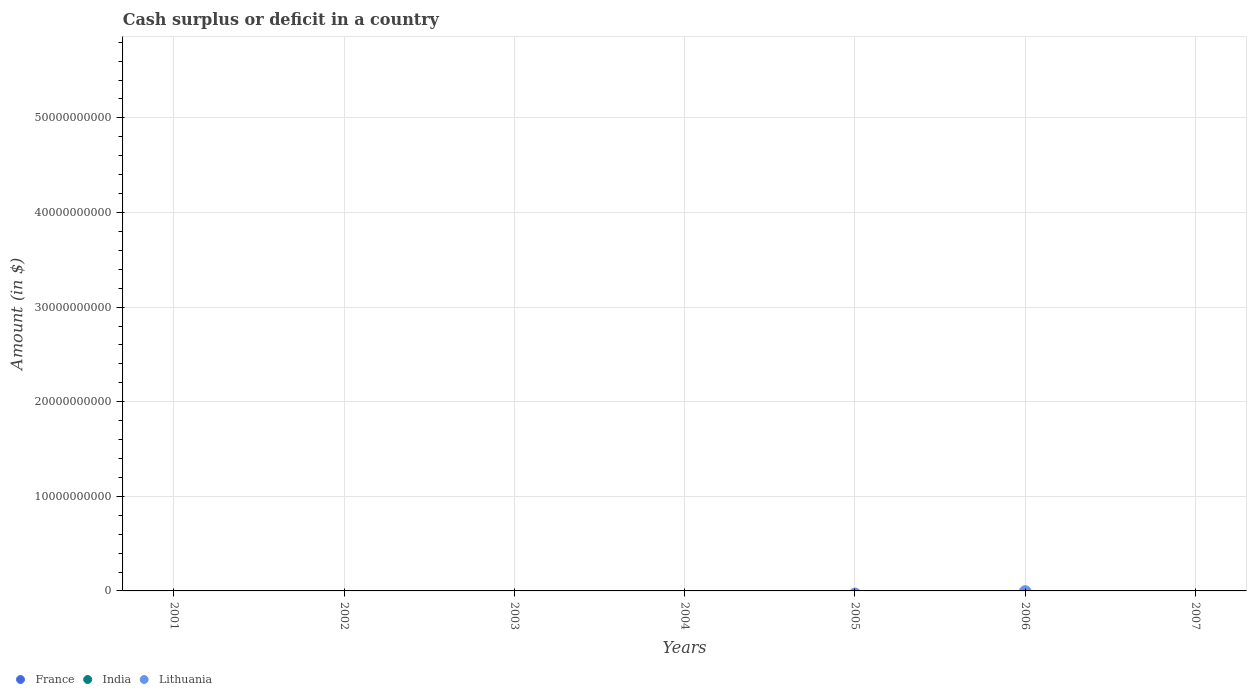
| Years | France | India | Lithuania |
 | --- | --- | --- | --- |
 | 2001 | -2.59e+10 | -1.01e+12 | -1.56e+09 |
 | 2002 | -5.24e+10 | -1.16e+12 | -9.51e+08 |
 | 2003 | -6.56e+10 | -9.58e+11 | -7.07e+08 |
 | 2004 | -5.74e+10 | -1.04e+12 | -1.06e+09 |
 | 2005 | -4.79e+10 | -1.17e+12 | -3.29e+08 |
 | 2006 | -3.92e+10 | -9.63e+11 | -8.28e+07 |
 | 2007 | -4.42e+10 | -2.35e+11 | -6.78e+08 |